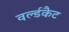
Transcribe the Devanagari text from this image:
वर्ल्डकैट